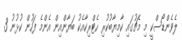
ލެވެންޑޯސްކީ މި މެޗުގައި ކާމިޔާބުކުރި ހެޓްރިކާއެކު ބަޔާންއިން އެންމެ ފަހުން ކުޅުނު 3